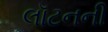
લૉટનની